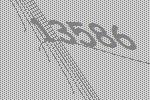
13586